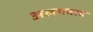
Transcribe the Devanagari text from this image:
अलगवाद